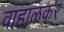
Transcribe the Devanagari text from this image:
वाहाळकर